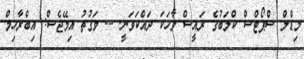
މިޑްލް ސްޕޯޓްސް ކްލަބުގެ ރައީސް ވާހަކަ ދައްކަވަނީ. -- ވަގުތު އިމޭޖެސް: އިބްރާހިމް